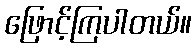
ဖြောင့်ကြပါတယ်။